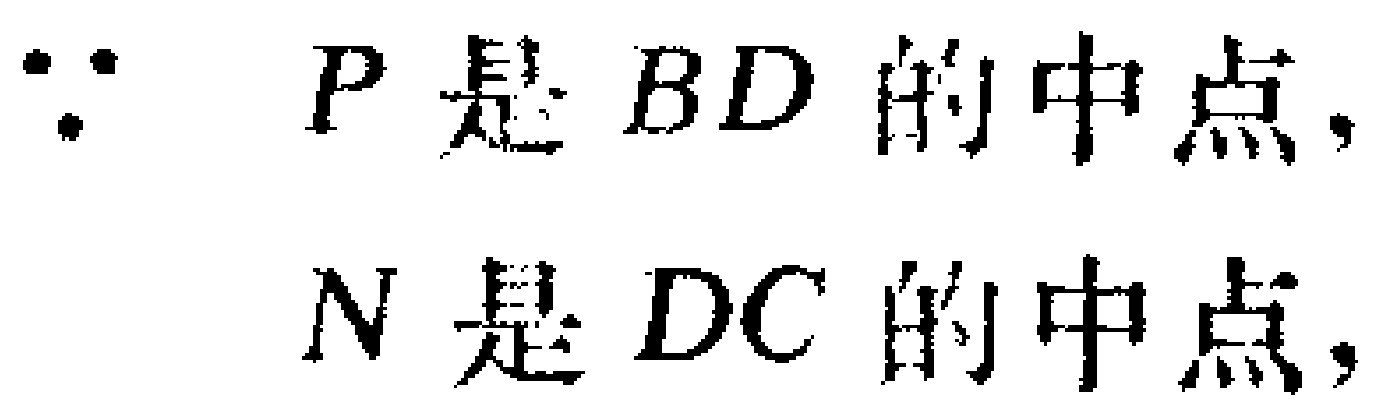
$\because P是BD的中点,$

$N是DC的中点,$